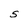
Character: S